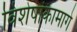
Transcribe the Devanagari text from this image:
विशेषांकामागे